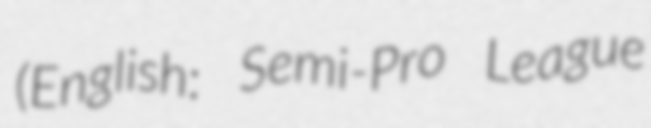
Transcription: (English: Semi-Pro League